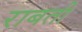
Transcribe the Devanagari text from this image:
राबती